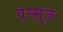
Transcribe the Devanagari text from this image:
यत्सुतः